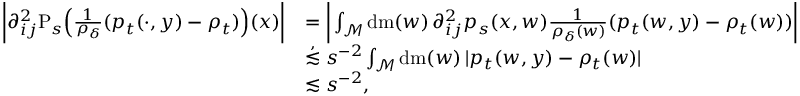
\begin{array} { r l } { \bigg \vert \partial _ { i j } ^ { 2 } \mathrm { P } _ { s } \Big ( \frac { 1 } { \rho _ { \delta } } ( p _ { t } ( \cdot , y ) - \rho _ { t } ) \Big ) ( x ) \bigg \vert } & { = \bigg \vert \int _ { \mathcal { M } } \mathrm { d } \mathrm { m } ( w ) \, \partial _ { i j } ^ { 2 } p _ { s } ( x , w ) \frac { 1 } { \rho _ { \delta } ( w ) } ( p _ { t } ( w , y ) - \rho _ { t } ( w ) ) \bigg \vert } \\ & { \stackrel { , } { \lesssim } s ^ { - 2 } \int _ { \mathcal { M } } \mathrm { d } \mathrm { m } ( w ) \, \vert p _ { t } ( w , y ) - \rho _ { t } ( w ) \vert } \\ & { \lesssim s ^ { - 2 } , } \end{array}